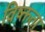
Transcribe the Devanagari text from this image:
विष्क्तता